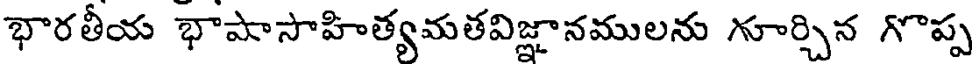
భారతీయ భాషాసాహిత్యమతవిజ్ఞానములను గూర్చిన గొప్ప